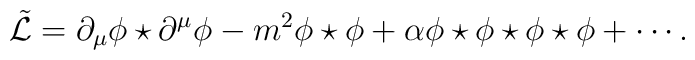
\tilde{\mathcal{L}} = \partial_\mu \phi \star \partial^\mu \phi     - m^2 \phi \star \phi     + \alpha \phi \star \phi \star \phi \star \phi + \cdots.